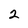
Character: 2